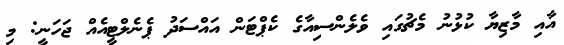
އާއި މާޒިޔާ ކުޅުނު މެޗުގައި ވެލެންސިއާގެ ކެޕްޓަން އައްސަދު ޕެނެލްޓީއެއް ޖަހަނީ: މި